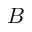
B